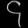
Digit: ၄